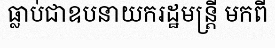
ធ្លាប់ជាឧបនាយករដ្ឋមន្ត្រី មកពី